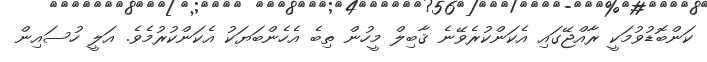
ކަންބޮޑުވުމަކީ ރާއްޖޭގައި އެކަންކުރެވޭނެ ޤާބިލް މީހުން ތިބެ އެހެންބަޔަކު އެކަންކުރުމެވެ. އަލީ ހުސައިން